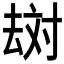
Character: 𱑪